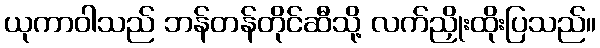
ယုကာဝါသည် ဘန်တန်တိုင်ဆီသို့ လက်ညှိုးထိုးပြသည်။